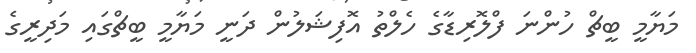
މަޔާމީ ބީޗް ހުންނަ ފްލޮރިޑާގެ ހެލްތު އޮފިޝަލުން ދަނީ މަޔާމީ ބީޗްގައި މަދިރީގެ